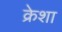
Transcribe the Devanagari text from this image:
क्रेशा